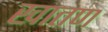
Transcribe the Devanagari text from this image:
खातण